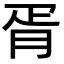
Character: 胥